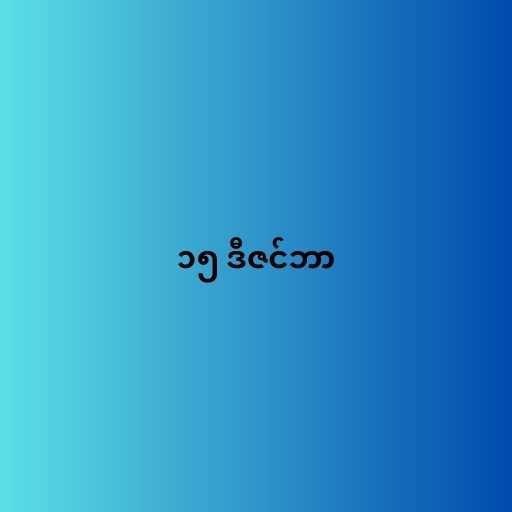
၁၅ ဒီဇင်ဘာ